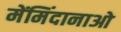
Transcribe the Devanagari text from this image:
मेंमिंदानाओ